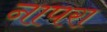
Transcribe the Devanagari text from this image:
नापरा